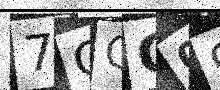
Text: 7CGC09